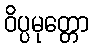
ဝိပ္ပမုတ္တော